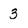
Character: 3